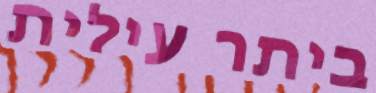
ביתר עילית